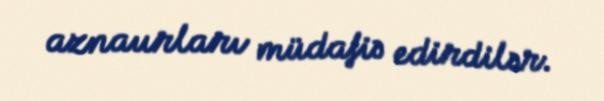
aznaurları müdafiə edirdilər.